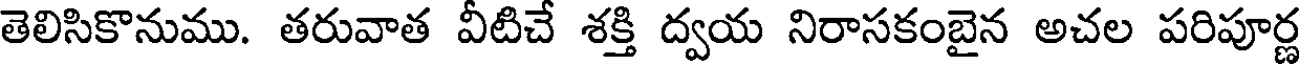
తెలిసికొనుము. తరువాత వీటిచే శక్తి ద్వయ నిరాసకంబైన అచల పరిపూర్ణ